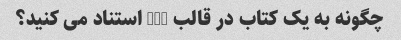
چگونه به یک کتاب در قالب MLA استناد می کنید؟